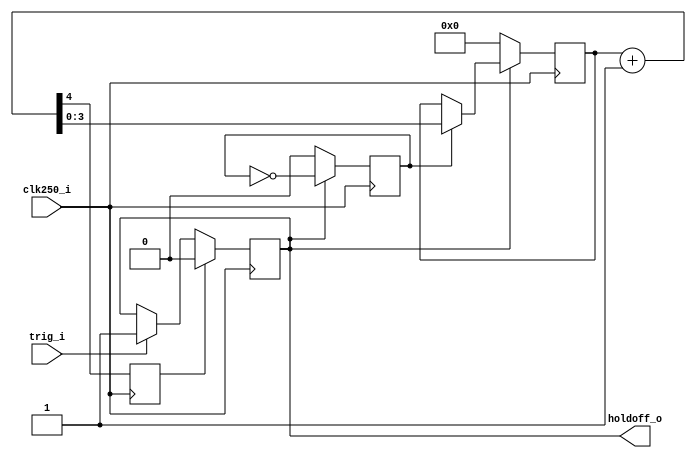
`timescale 1ns / 1ps
////////////////////////////////////////////////////////////////////////////////
// This file is a part of the Antarctic Impulsive Transient Antenna (ANITA)
// project, a collaborative scientific effort between multiple institutions. For
// more information, contact Peter Gorham (gorham@phys.hawaii.edu).
//
// All rights reserved.
//
// Author:
// Author:
////////////////////////////////////////////////////////////////////////////////
module ANITA3_trigger_holdoff(
		input clk250_i,
		input trig_i,
		output holdoff_o
    );

	reg holdoff_div_2 = 0;
	reg [3:0] holdoff_counter = {4{1'b0}};
	wire [4:0] holdoff_counter_plus_one = holdoff_counter + 1;
	reg trigger_holdoff = 0;
	reg clear_holdoff = 0;
	always @(posedge clk250_i) begin
		if (clear_holdoff) trigger_holdoff <= 0;
		else if (trig_i) trigger_holdoff <= 1;
		
		if (!trigger_holdoff) holdoff_div_2 <= 0;
		else holdoff_div_2 <= ~holdoff_div_2;
		
		if (!trigger_holdoff) holdoff_counter <= {4{1'b0}};
		else if (holdoff_div_2) holdoff_counter <= holdoff_counter_plus_one;
		
		clear_holdoff <= holdoff_counter_plus_one[4];
	end
	
	assign holdoff_o = trigger_holdoff;

endmodule